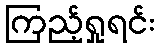
ကြည့်ရှုရင်း